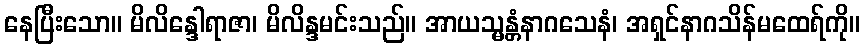
နေပြီးသော။ မိလိန္ဒေါရာဇာ၊ မိလိန္ဒမင်းသည်။ အာယသ္မန္တံနာဂသေနံ၊ အရှင်နာဂသိန်မထေရ်ကို။